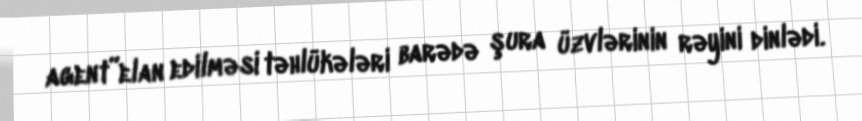
agent”elan edilməsi təhlükələri barədə şura üzvlərinin rəyini dinlədi.